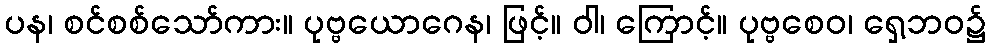
ပန၊ စင်စစ်သော်ကား။ ပုဗ္ဗယောဂေန၊ ဖြင့်။ ဝါ၊ ကြောင့်။ ပုဗ္ဗစေဝ၊ ရှေ့ဘဝ၌